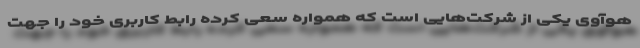
هوآوی یکی از شرکت‌هایی است که همواره سعی کرده رابط کاربری خود را جهت